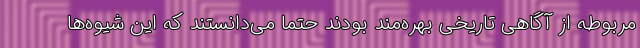
مربوطه از آگاهی تاریخی بهره‌مند بودند حتما می‌دانستند که این شیوه‌ها